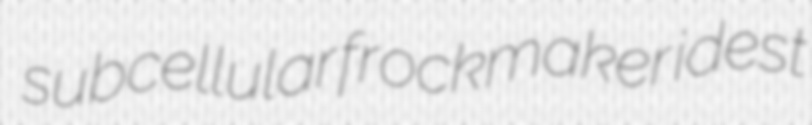
subcellular frockmaker idest